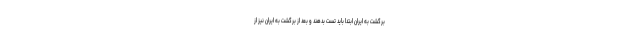
برگشت به ایران ابتدا باید تست بدهند و بعد از برگشت به ایران نیز از